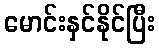
မောင်းနှင်နိုင်ပြီး